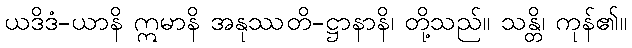
ယဒိဒံ-ယာနိ ဣမာနိ အနုဿတိ-ဋ္ဌာနာနိ၊ တို့သည်။ သန္တိ၊ ကုန်၏။